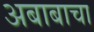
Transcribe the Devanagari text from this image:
अबाबाचा